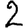
Digit: 2